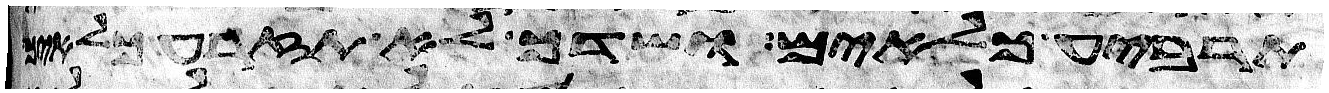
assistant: תרביע כלאים ושדך לא תזרע כלאים